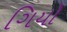
ગિયો